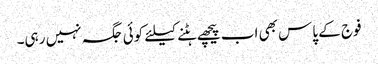
فوج کے پاس بھی اب پیچھے ہٹنے کیلئے کوئی جگہ نہیں رہی۔